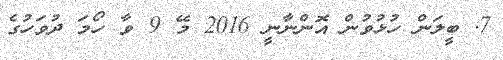
7. ބީލަން ހުޅުވުން އޮންނާނީ 2016 މޭ 9 ވާ ހޯމަ ދުވަހުގެ